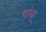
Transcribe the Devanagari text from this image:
गांव्